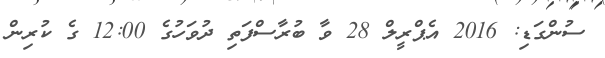
ސުންގަޑި: 2016 އެޕްރީލް 28 ވާ ބުރާސްފަތި ދުވަހުގެ 12:00 ގެ ކުރިން